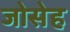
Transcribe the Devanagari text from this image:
जोसेह